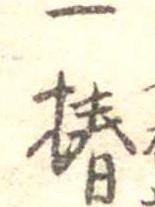
一椿